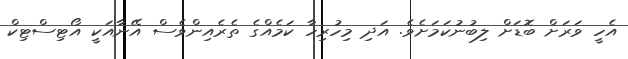
އެހީ ވަރަށް ބޮޑަށް ލިބުނުކަމަށެވެ. އަދި މިހުރިހާ ކަމެއްގެ ތެރެއިންވެސް އޭނާއަކީ އޯޓިސްޓިކް